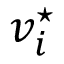
v _ { i } ^ { \star }